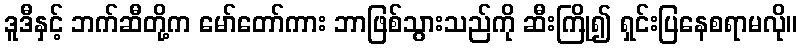
ဒူဒီနှင့် ဘက်ဆီတို့က မော်တော်ကား ဘာဖြစ်သွားသည်ကို ဆီးကြို၍ ရှင်းပြနေစရာမလို။